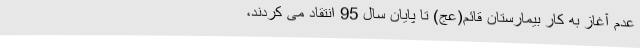
عدم آغاز به کار بیمارستان قائم(عج) تا پایان سال 95 انتقاد می کردند،